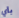
بأي